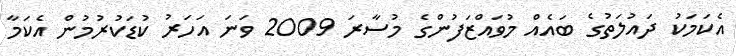
އެކަމަކު ދައުލަތުގެ ބައެއް މުވައްޒަފުންގެ މުސާރަ 2009 ވަނަ އަހަރު ކުޑަކުރުމުން އެކަމާ